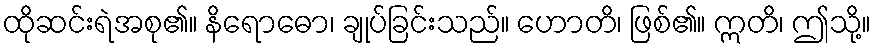
ထိုဆင်းရဲအစု၏။ နိရောဓော၊ ချုပ်ခြင်းသည်။ ဟောတိ၊ ဖြစ်၏။ ဣတိ၊ ဤသို့။